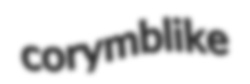
corymblike